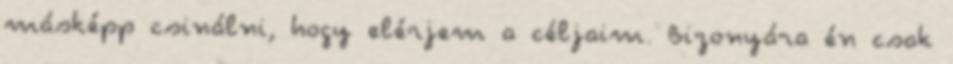
másképp csinálni, hogy elérjem a céljaim. Bizonyára én csak